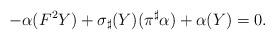
LaTeX: \begin{align*}-\alpha(F^2Y)+\sigma_{\sharp}(Y)(\pi^{\sharp}\alpha)+\alpha(Y)=0.\end{align*}